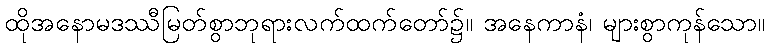
ထိုအနောမဒဿီမြတ်စွာဘုရားလက်ထက်တော်၌။ အနေကာနံ၊ များစွာကုန်သော။